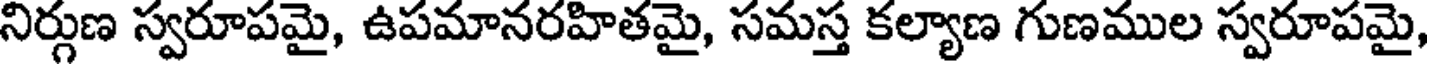
నిర్గుణ స్వరూపమై, ఉపమానరహితమై, సమస్త కల్యాణ గుణముల స్వరూపమై,